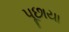
પૂછાયા